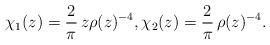
LaTeX: \begin{align*}\chi_1(z)={\frac{2}{\pi}}\, z\rho(z)^{-4}, \chi_2(z)= {\frac{2}{\pi}}\,\rho(z)^{-4}.\end{align*}